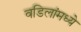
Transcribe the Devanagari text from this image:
वडिलांमध्ये